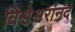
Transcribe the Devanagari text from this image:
विश्वेश्वरांनंद